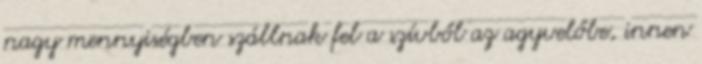
nagy mennyiségben szállnak fel a szívből az agyvelőbe, innen